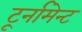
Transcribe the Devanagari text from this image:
टूर्नामेन्‍ट